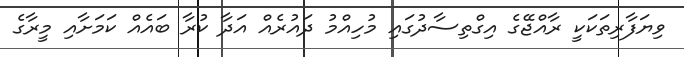
ވިޔަފާރިތަކަކީ ރާއްޖޭގެ އިގްތިސާދުގައި މުހިއްމު ދައުރެއް އަދާ ކުރާ ބައެއް ކަމަށާއި މީރާގެ